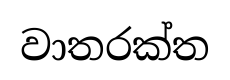
වාතරක්ත